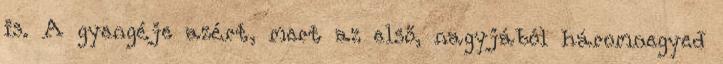
is. A gyengéje azért, mert az első, nagyjából háromnegyed